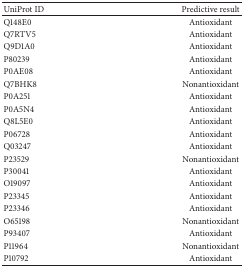
<table><thead><tr><td><b>UniProt ID</b></td><td><b>Predictive result</b></td></tr></thead><tbody><tr><td>Q148E0</td><td>Antioxidant</td></tr><tr><td>Q7RTV5</td><td>Antioxidant</td></tr><tr><td>Q9D1A0</td><td>Antioxidant</td></tr><tr><td>P80239</td><td>Antioxidant</td></tr><tr><td>P0AE08</td><td>Antioxidant</td></tr><tr><td>Q7BHK8</td><td>Nonantioxidant</td></tr><tr><td>P0A251</td><td>Antioxidant</td></tr><tr><td>P0A5N4</td><td>Antioxidant</td></tr><tr><td>Q8L5E0</td><td>Antioxidant</td></tr><tr><td>P06728</td><td>Antioxidant</td></tr><tr><td>Q03247</td><td>Antioxidant</td></tr><tr><td>P23529</td><td>Nonantioxidant</td></tr><tr><td>P30041</td><td>Antioxidant</td></tr><tr><td>O19097</td><td>Antioxidant</td></tr><tr><td>P23345</td><td>Antioxidant</td></tr><tr><td>P23346</td><td>Antioxidant</td></tr><tr><td>O65198</td><td>Nonantioxidant</td></tr><tr><td>P93407</td><td>Antioxidant</td></tr><tr><td>P11964</td><td>Nonantioxidant</td></tr><tr><td>P10792</td><td>Antioxidant</td></tr></tbody></table>